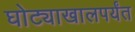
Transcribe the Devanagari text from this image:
घोट्याखालपर्यंत